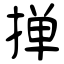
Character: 掸